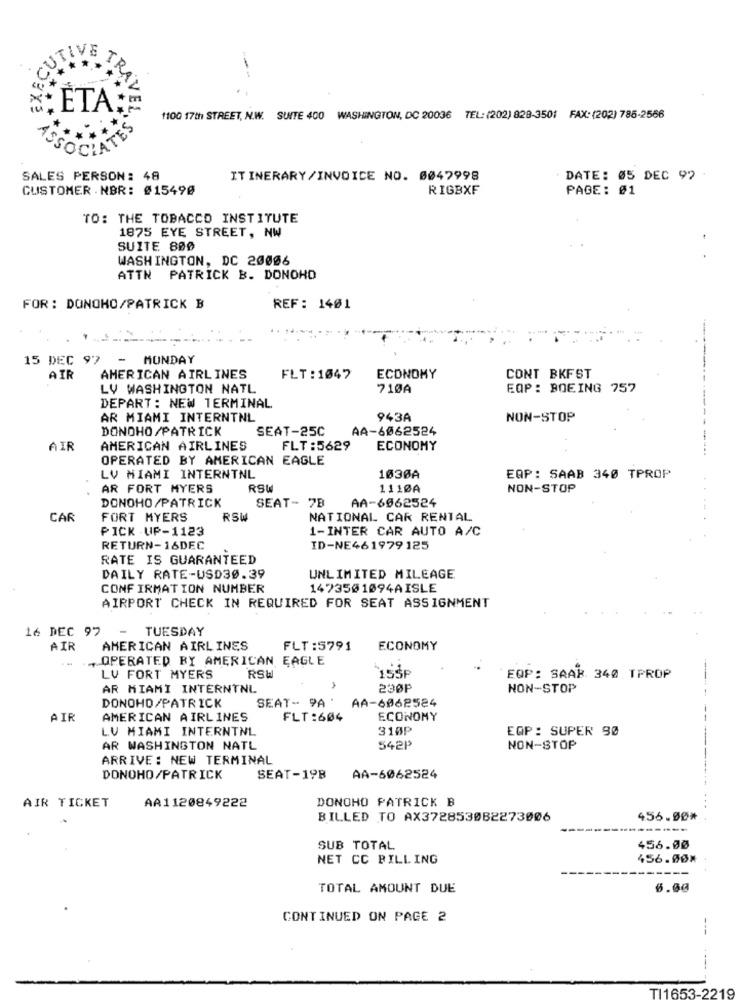
CU
TRAL
ETA;
1100 17th STREET, N.W. SUITE 400 WASHINGTON, DC 20036 TEL: (202) 828-3501 FAX: (202) 785-2566
HAT
SALES PERSON: 48
ITINERARY/INVOICE NO. 6047998
DATE: 05 DEC 92
CUSTOMER . NBR: #15490
RIGBXF
PAGE: 01
TO: THE TOBACCO INSTITUTE
1875 EYE STREET, NW
SUITE 800
WASHINGTON, DC 20006
ATTN PATRICK B. DONOHD
FOR: DONOHO/PATRICK B
REF: 1401
15 DEC 97
MONDAY
AIR
AMERICAN AIRLINES
FLT : 1047
ECONOMY
CONT BKFST
LV WASHINGTON NATL
710A
EOP: BOEING 757
DEPART: NEW TERMINAL
AR MIAMI INTERNTNL
943A
NON-STOP
DONOHO/PATRICK
SEAT-25C
AA-6062524
AIR
AMERICAN AIRLINES
FLT:5629
ECONOMY
OPERATED BY AMERICAN EAGLE
LV MIAMI INTERNTNL
1030A
EAP: SAAB 340 TPROP
AR FORT MYERS
RSW
1110A
NON-STOP
DONOHO/PATRICK
SEAT- 7B
AA-6062524
CAR
FORT MYERS
RSW
NATIONAL CAR RENTAL
PICK UP-1123
1-INTER CAR AUTO A/C
RETURN-16DEC
ID-NE461979125
RATE IS GUARANTEED
DAILY RATE-USD30.39
UNLIMITED MILEAGE
CONFIRMATION NUMBER
147350 1094AISLE
AIRPORT CHECK IN REQUIRED FOR SEAT ASSIGNMENT
16 DEC 97
- TUESDAY
AIR
AMERICAN AIRLINES
FLT :5791
ECONOMY
, OPERATED BY AMERICAN EAGLE
LV FORT MYERS
RSW
`155P
EQP: SAAB. 340 TPROP
AR MIAMI INTERNTNL
230P
NON-STOP
SEAT- 9A
AA-6068524
DONOHO/PATRICK
AIR
AMERICAN AIRLINES
FLT:604
ECONOMY
LV MIAMI INTERNTNL
31ØP
EQP: SUPER 90
AR WASHINGTON NATL
542P
NON-STOP
ARRIVE: NEW TERMINAL
DONOHO/PATRICK
SEAT-198
AA-6062524
AA1120849222
DONOHO PATRICK B
AIR TICKET
BILLED TO AX372853082273006
456.00*
SUB TOTAL
456.00
NET CC BILLING
456.00#
TOTAL AMOUNT DUE
6.00
CONTINUED ON PAGE 2
---
TI1653-2219